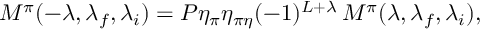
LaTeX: M ^ { \pi } ( - \lambda , \lambda _ { f } , \lambda _ { i } ) = P \eta _ { \pi } \eta _ { \pi \eta } ( - 1 ) ^ { L + \lambda } \, M ^ { \pi } ( \lambda , \lambda _ { f } , \lambda _ { i } ) ,